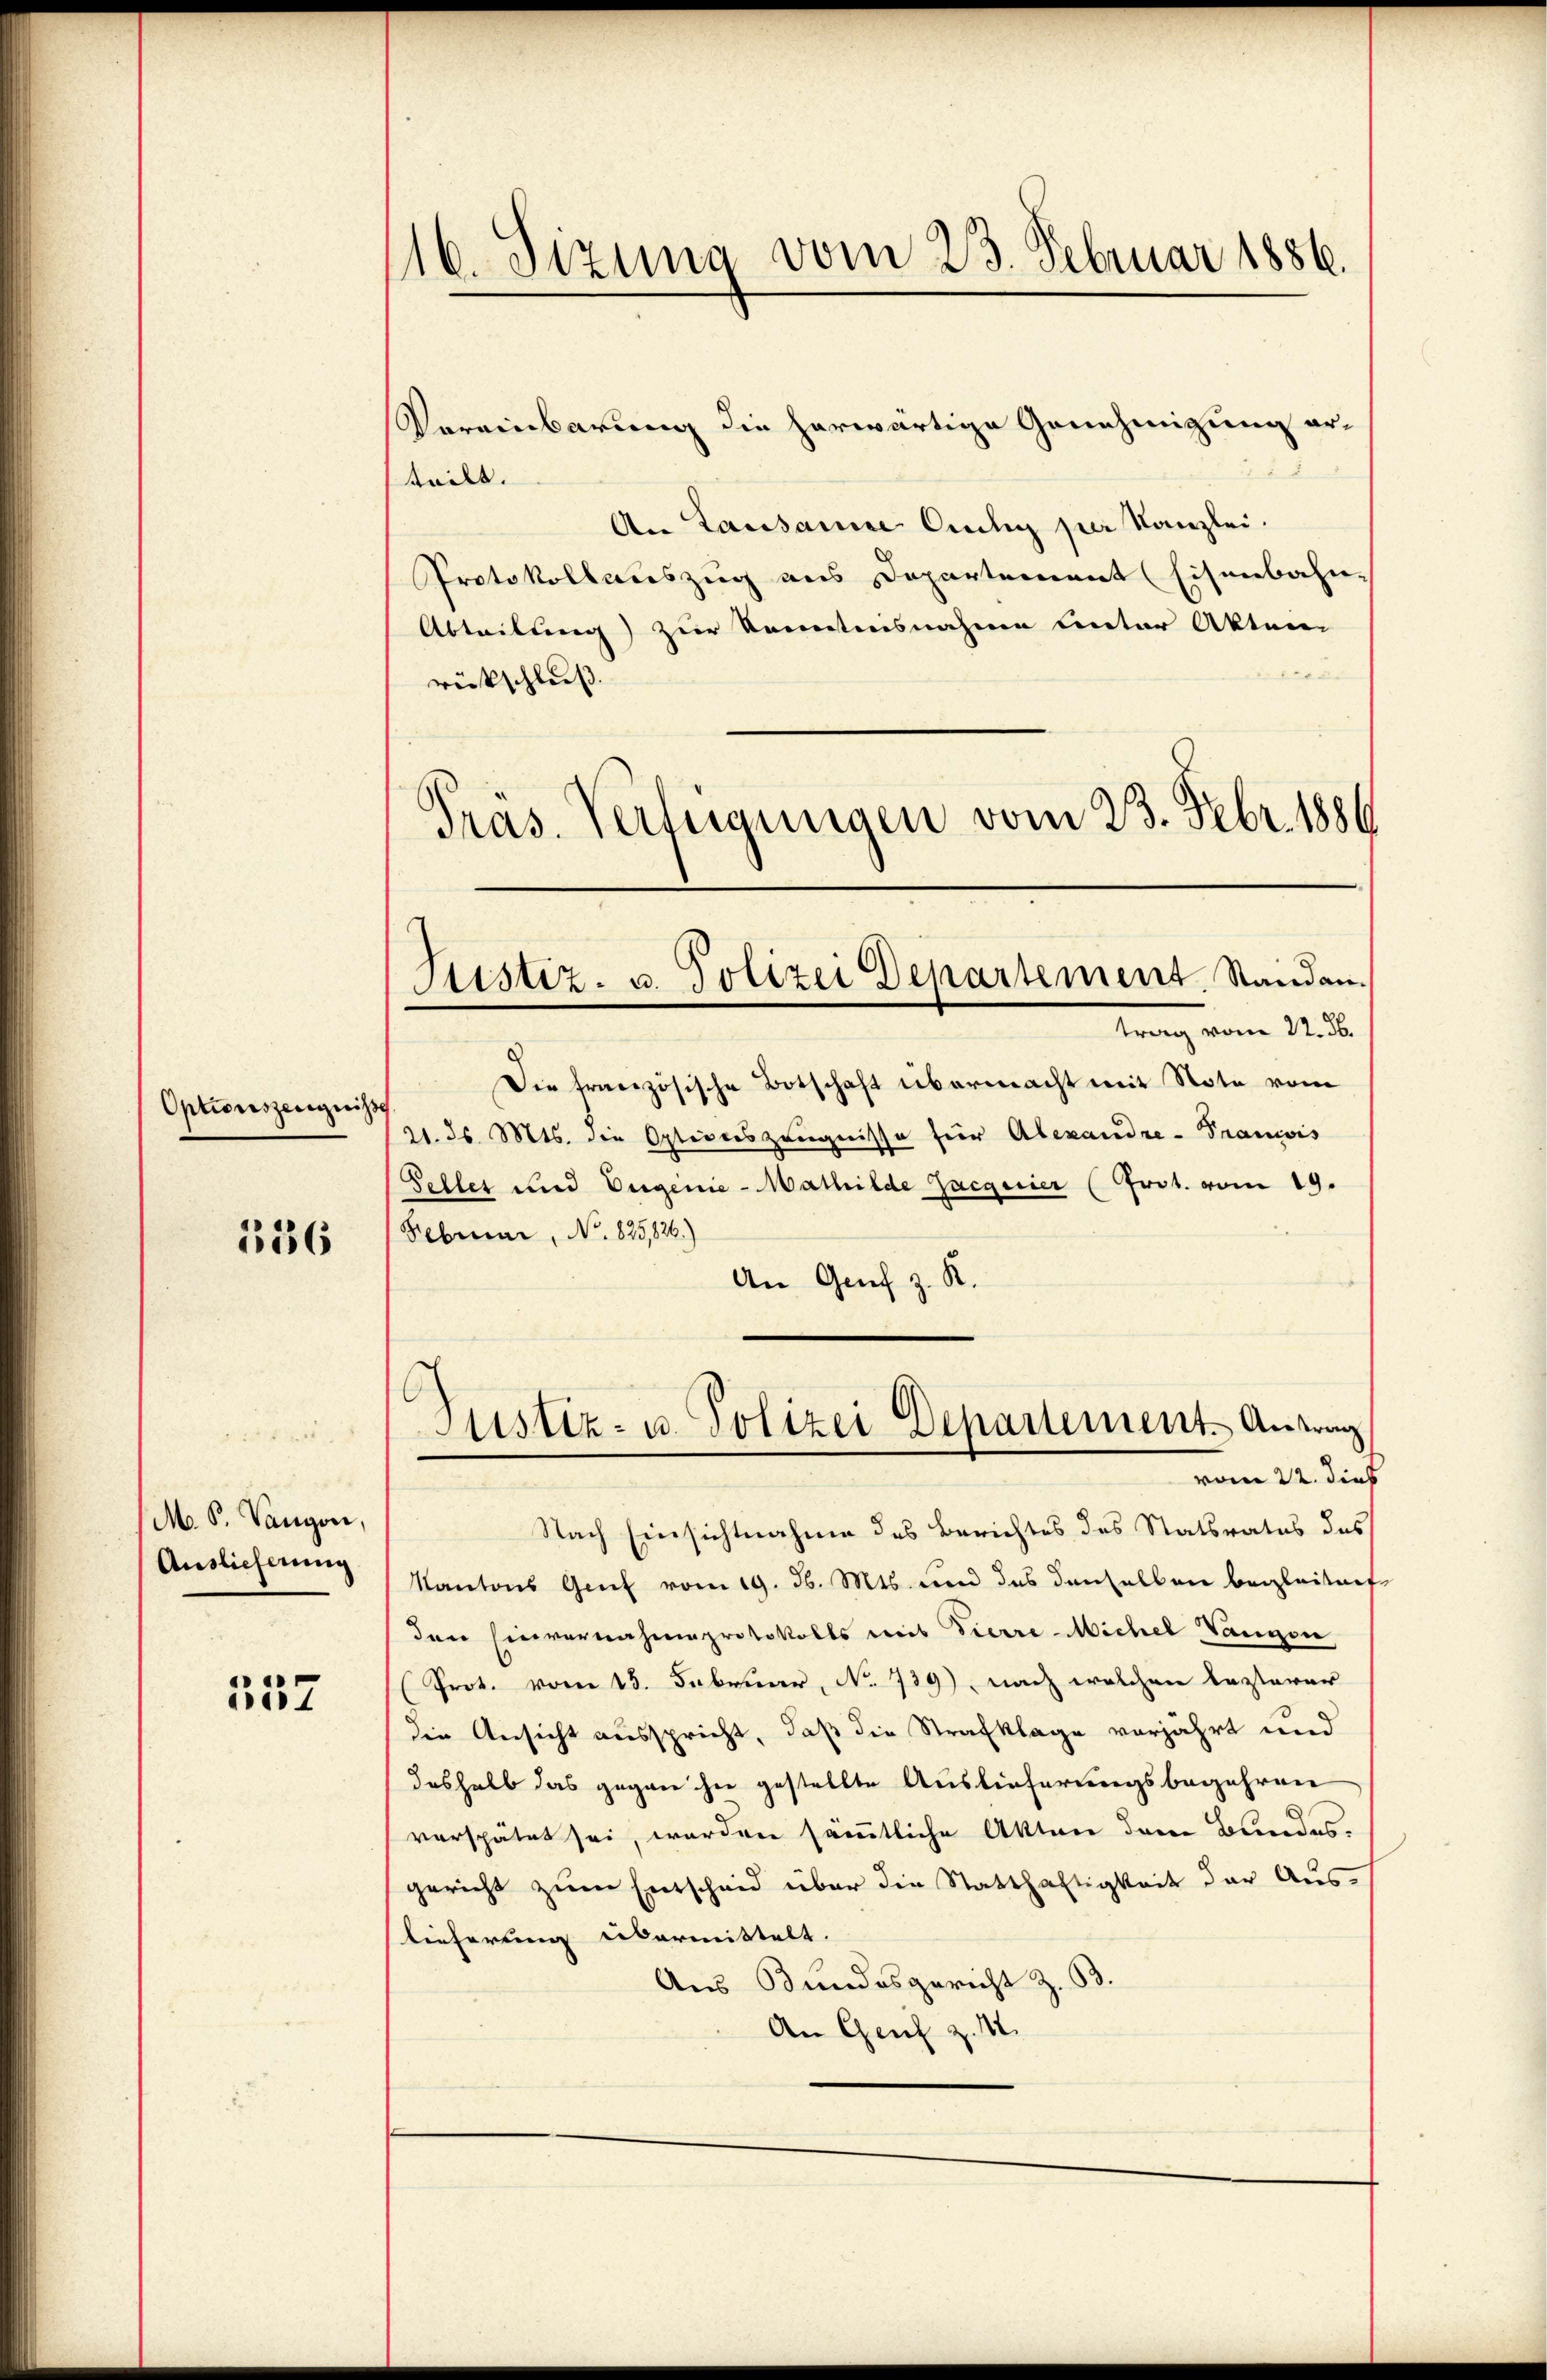
Optionszeugniss

1336

M. P. Vangon,
Auslieferung

557

Vereinbarung die herwärtige Genehmigung erteilt.
An Lausanne Cilig per Kanzlei.
Protokollauszug aus Departement (Eisenbahn-
Abteilung) zur Kenntnisnahme unter Akten
rückschluß.
Präs. Verfügungen vom 23. Febr. 1886

116. Sizung vom 23. Februar 1886.

Justiz- u. Polizei Departement. Standen.
trag vom 14. d.

Die französische Botschaft übermacht mit Note vom
21. ds. Mts. die Optionszeugnisse für Alexandre-Francois
Sellet und Eugenie-Mathilde Zacgeier (Prot. vom 19.
Februar, No. 825,26.)
An Genf z. K.
Nach Einsichtnahme des Berichtes des Statsrates des
Kantons Genf vom 19. d. Mts. und das denselben begleitnef
den Einvernahmsprotokolls mit Fierre-Michel Vangon
(Prot. vom 15. Februar, No 739), nach welchen Lasterer
die Ansicht ausspricht, daß die Strafklage vorjährt und
deshalb das gegen ihre gestellte Auslieferungsbegehren
verspätet sei, worden sämtliche Akten dem Bundesgericht zum Entscheid über die Statthaftigkeit der Auslieferung übermittelt.
Aus Bundesgericht z. B.
An Genf z. M.

Justiz- u. Polizei Departement-Antrag
vom 22. dies